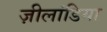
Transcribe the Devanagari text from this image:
ज़ीलांडिया